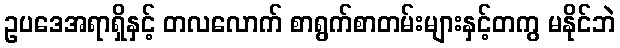
ဥပဒေအရာရှိနှင့် တလလောက် စာရွက်စာတမ်းများနှင့်တကွ မနိုင်ဘဲ